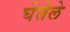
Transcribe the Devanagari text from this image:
घेतेले